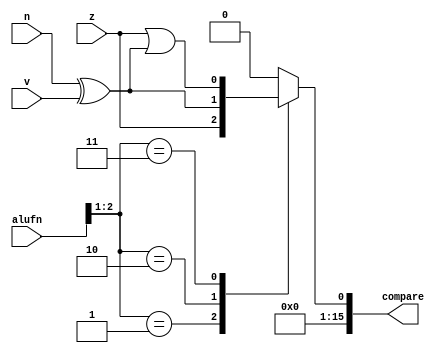
/*
   This file was generated automatically by the Mojo IDE version B1.3.6.
   Do not edit this file directly. Instead edit the original Lucid source.
   This is a temporary file and any changes made to it will be destroyed.
*/

module alu_comp16_42 (
    input z,
    input v,
    input n,
    input [5:0] alufn,
    output reg [15:0] compare
  );
  
  
  
  always @* begin
    compare = 1'h0;
    
    case (alufn[1+1-:2])
      2'h1: begin
        compare[0+0-:1] = z;
      end
      2'h2: begin
        compare[0+0-:1] = n ^ v;
      end
      2'h3: begin
        compare[0+0-:1] = z | n ^ v;
      end
    endcase
  end
endmodule